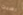
رسبت